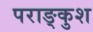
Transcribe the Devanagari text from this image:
पराङ्कुश